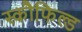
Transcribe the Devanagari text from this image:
स्कौफिल्ड